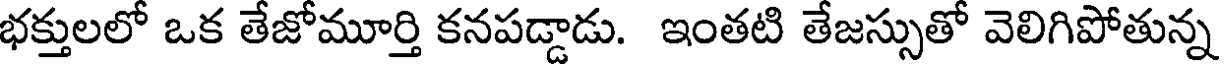
భక్తులలో ఒక తేజోమూర్తి కనపడ్డాడు. ఇంతటి తేజస్సుతో వెలిగిపోతున్న